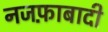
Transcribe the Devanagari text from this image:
नजफ़ाबादी